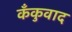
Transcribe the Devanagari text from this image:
कँकुवाद